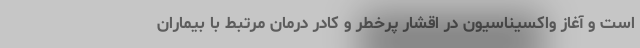
است و آغاز واکسیناسیون در اقشار پرخطر و کادر درمانِ مرتبط با بیماران